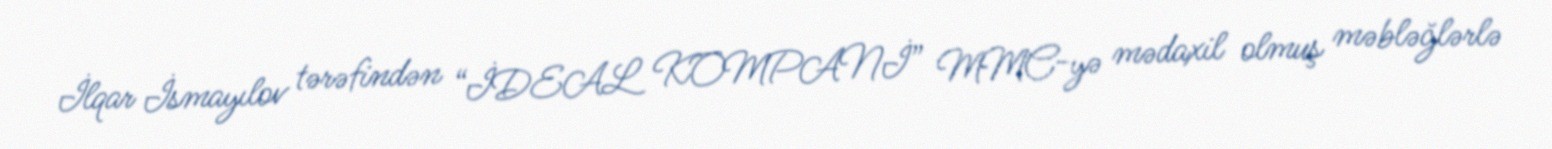
İlqar İsmayılov tərəfindən “İDEAL KOMPANİ” MMC-yə mədaxil olmuş məbləğlərlə